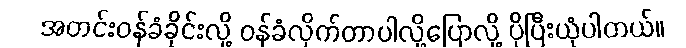
အတင်းဝန်ခံခိုင်းလို့ ဝန်ခံလိုက်တာပါလို့ပြောလို့ ပိုပြီးယုံပါတယ်။